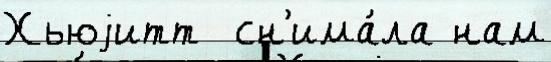
Хьюjитт  сн'има́ла нам